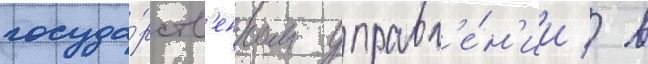
госуда́рств'енном управл'е́н'ии / в